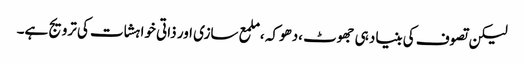
لیکن تصوف کی بنیاد ہی جھوٹ ،دھوکہ ،ملمع سازی اور ذاتی خواہشات کی ترویج ہے۔